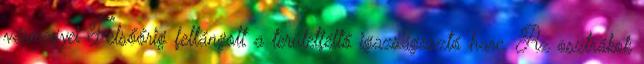
vármegyei Felsőőrig fellángolt a területféltő igazságosztó harc. Az osztrákok